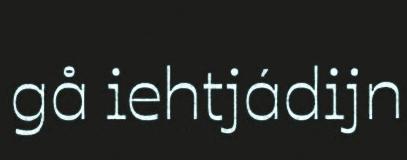
gå iehtjádijn